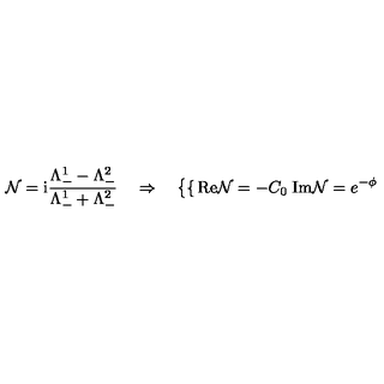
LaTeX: \mathcal { N } = \mathrm { i } \frac { \Lambda _ { - } ^ { 1 } - \Lambda _ { - } ^ { 2 } } { \Lambda _ { - } ^ { 1 } + \Lambda _ { - } ^ { 2 } } \quad \Rightarrow \quad \left\{ \begin{cases} { \mathrm { R e } \mathcal { N } = - C _ { 0 } } \\ { \mathrm { I m } \mathcal { N } = e ^ { - \phi } } \\ \end{cases} \right.